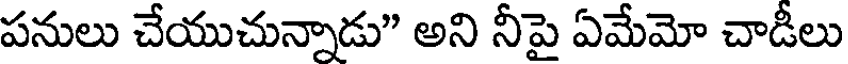
పనులు చేయుచున్నాడు" అని నీపై ఏమేమో చాడీలు